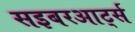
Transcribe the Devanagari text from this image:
सइबरआर्ट्स